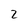
Character: 2